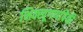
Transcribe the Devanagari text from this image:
भिक्खूगणांपैकी